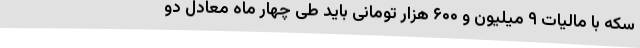
سکه با مالیات ۹ میلیون و ۶۰۰ هزار تومانی باید طی چهار ماه معادل دو